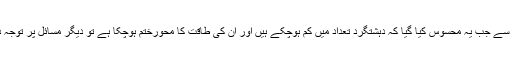
اب کچھ عرصہ سے جب یہ محسوس کیا گیا کہ دہشتگرد تعداد میں کم ہوچکے ہیں اور ان کی طاقت کا محورختم ہوچکا ہے تو دیگر مسائل پر توجہ دی جارہی ہے ۔